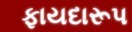
ફાયદારૂપ